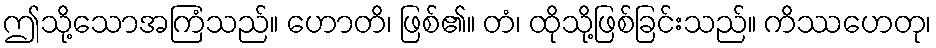
ဤသို့သောအကြံသည်။ ဟောတိ၊ ဖြစ်၏။ တံ၊ ထိုသို့ဖြစ်ခြင်းသည်။ ကိဿဟေတု၊